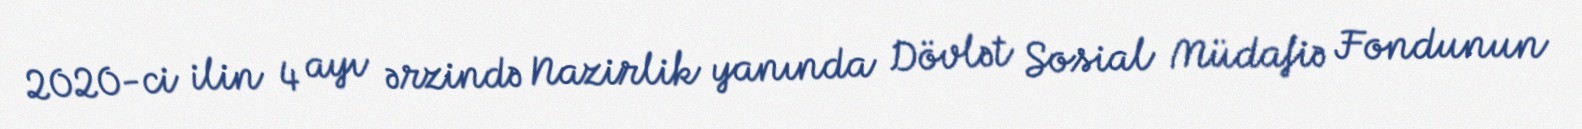
2020-ci ilin 4 ayı ərzində Nazirlik yanında Dövlət Sosial Müdafiə Fondunun